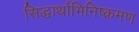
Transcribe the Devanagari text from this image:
सिद्धार्थाभिनिष्क्रमण